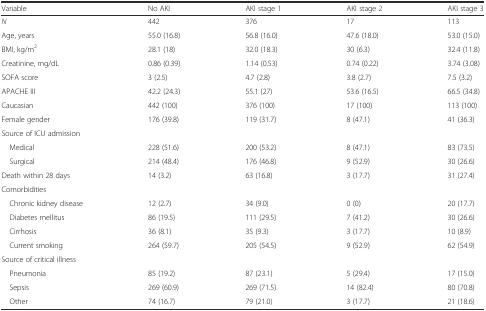
| Variable | No AKI | AKI stage 1 | AKI stage 2 | AKI stage 3 |
 | --- | --- | --- | --- | --- |
 | N | 442 | 376 | 17 | 113 |
 | Age, years | 55.0 (16.8) | 56.8 (16.0) | 47.6 (18.0) | 53.0 (15.0) |
 | BMI, kg/m2 | 28.1 (18) | 32.0 (18.3) | 30 (6.3) | 32.4 (11.8) |
 | Creatinine, mg/dL | 0.86 (0.39) | 1.14 (0.53) | 0.74 (0.22) | 3.74 (3.08) |
 | SOFA score | 3 (2.5) | 4.7 (2.8) | 3.8 (2.7) | 7.5 (3.2) |
 | APACHE III | 42.2 (24.3) | 55.1 (27) | 53.6 (16.5) | 66.5 (34.8) |
 | Caucasian | 442 (100) | 376 (100) | 17 (100) | 113 (100) |
 | Female gender | 176 (39.8) | 119 (31.7) | 8 (47.1) | 41 (36.3) |
 | <COLSPAN=5> Source of ICU admission |
 | Medical | 228 (51.6) | 200 (53.2) | 8 (47.1) | 83 (73.5) |
 | Surgical | 214 (48.4) | 176 (46.8) | 9 (52.9) | 30 (26.6) |
 | Death within 28 days | 14 (3.2) | 63 (16.8) | 3 (17.7) | 31 (27.4) |
 | <COLSPAN=5> Comorbidities |
 | Chronic kidney disease | 12 (2.7) | 34 (9.0) | 0 (0) | 20 (17.7) |
 | Diabetes mellitus | 86 (19.5) | 111 (29.5) | 7 (41.2) | 30 (26.6) |
 | Cirrhosis | 36 (8.1) | 35 (9.3) | 3 (17.7) | 10 (8.9) |
 | Current smoking | 264 (59.7) | 205 (54.5) | 9 (52.9) | 62 (54.9) |
 | <COLSPAN=5> Source of critical illness |
 | Pneumonia | 85 (19.2) | 87 (23.1) | 5 (29.4) | 17 (15.0) |
 | Sepsis | 269 (60.9) | 269 (71.5) | 14 (82.4) | 80 (70.8) |
 | Other | 74 (16.7) | 79 (21.0) | 3 (17.7) | 21 (18.6) |